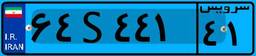
۹۰S۲۵۵۷۱